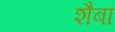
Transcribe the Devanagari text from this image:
शैबा